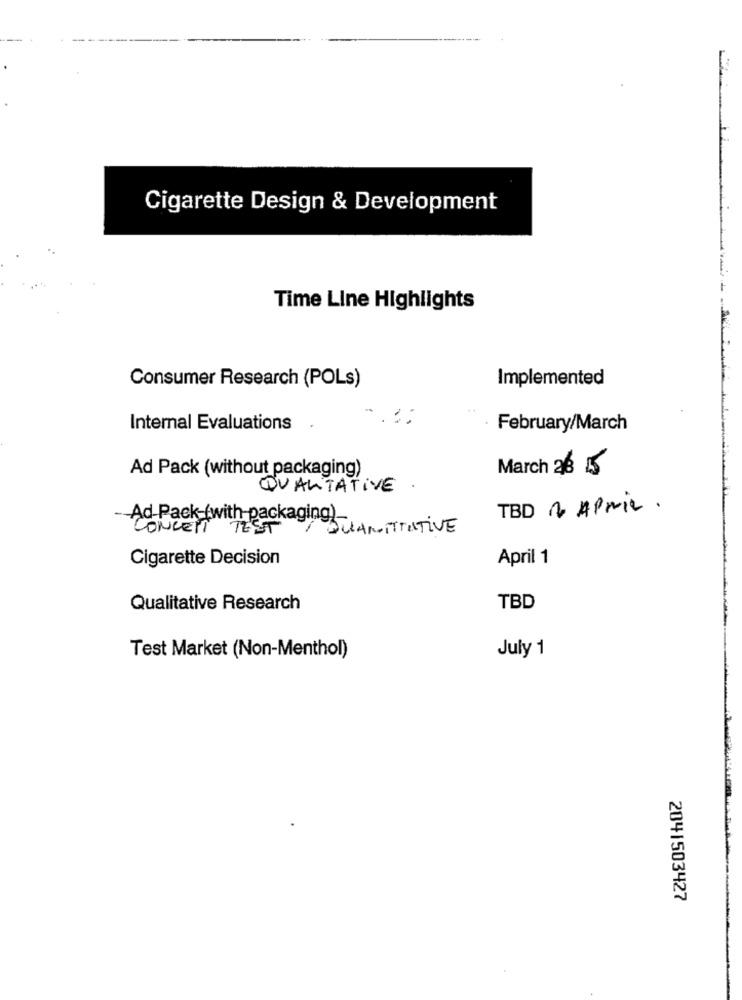
Cigarette Design & Development
Time Line Highlights
Implemented
Consumer Research (POLs)
Internal Evaluations
February/March
Ad Pack (without packaging)
March 26 15
QUALITATIVE
TBD 2 APRIL.
Ad-Pack-(with packaging)
CONCENT TEST
QUANTITATIVE
Cigarette Decision
April 1
Qualitative Research
TBD
July 1
Test Market (Non-Menthol)
2041503427